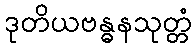
ဒုတိယဗန္ဓနသုတ္တံ